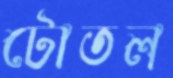
টোতল